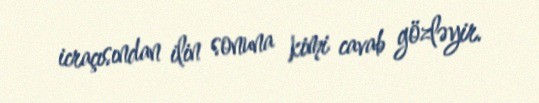
icraçısından ilin sonuna kimi cavab gözləyir.